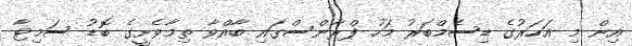
އިން މި އަހަރުގެ ޑިސެމްބަރު މަހު ފްރާންސްގައި ބާއްވާ ތިމާވެށީގެ ބޮޑު ސަމިޓާ